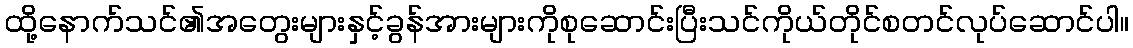
ထို့နောက်သင်၏အတွေးများနှင့်ခွန်အားများကိုစုဆောင်းပြီးသင်ကိုယ်တိုင်စတင်လုပ်ဆောင်ပါ။